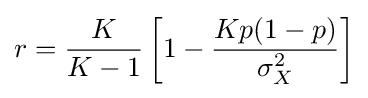
r={\frac {K}{K-1}}\left[1-{\frac {Kp(1-p)}{\sigma _{X}^{2}}}\right]